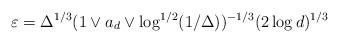
LaTeX: \begin{align*}\varepsilon=\Delta^{1/3}(1\vee a_d\vee\log^{1/2}(1/\Delta))^{-1/3}(2\log d)^{1/3}\end{align*}